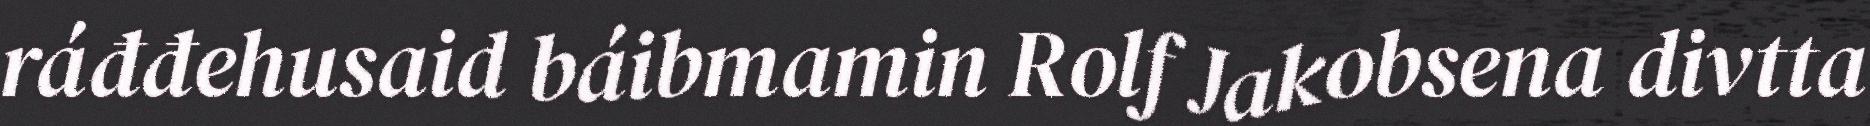
ráđđehusaid báibmamin Rolf Jakobsena divtta